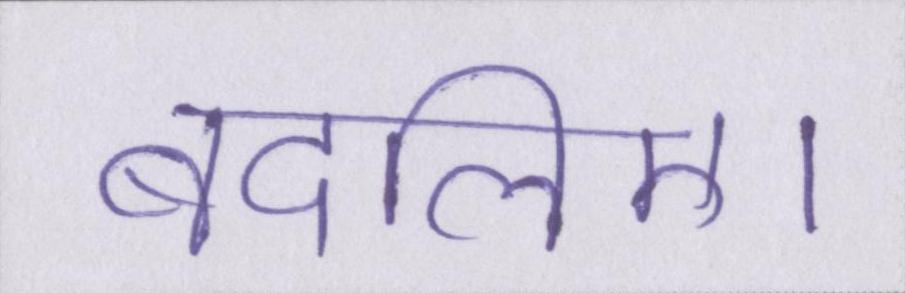
बदलिए।